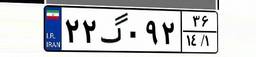
۳۶گ۳۴۳۳۷